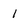
Character: i